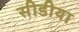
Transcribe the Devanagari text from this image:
सीडीया